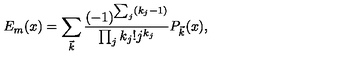
E _ { m } ( x ) = \sum _ { \vec { k } } { \frac { ( - 1 ) ^ { \sum _ { j } ( k _ { j } - 1 ) } } { \prod _ { j } k _ { j } ! j ^ { k _ { j } } } } P _ { \vec { k } } ( x ) ,